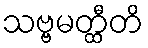
သဗ္ဗမတ္ထီတိ